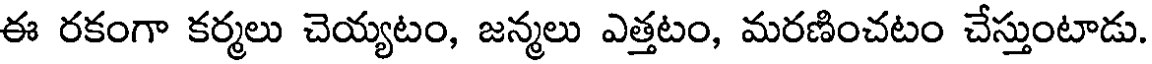
ఈ రకంగా కర్మలు చెయ్యటం, జన్మలు ఎత్తటం, మరణించటం చేస్తుంటాడు.